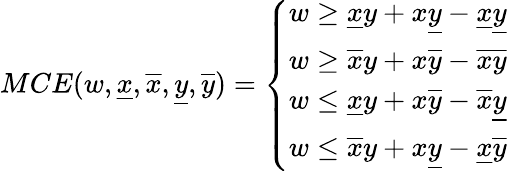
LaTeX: MCE(w,\underline{{x}},\overline{{x}},\underline{{y}},\overline{{y}})=\left\{ \begin{array}{ll}{w\ge\underline{{x}}y+x\underline{{y}}-\underline{{x}}\underline{{y}}}\\ {w\ge\overline{{x}}y+x\overline{{y}}-\overline{{x}}\overline{{y}}}\\ {w\le\underline{{x}}y+x\overline{{y}}-\overline{{x}}\underline{{y}}}\\ {w\le\overline{{x}}y+x\underline{{y}}-\underline{{x}}\overline{{y}}}\end{array}\right.